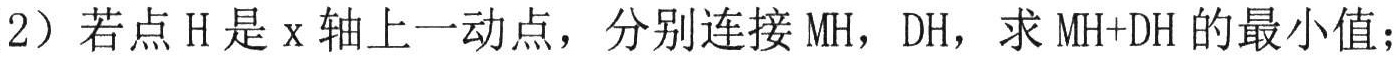
（2）若点\(H\)是\(x\)轴上一动点，分别连接\(MH\)，\(DH\)，求\(MH + DH\)的最小值；